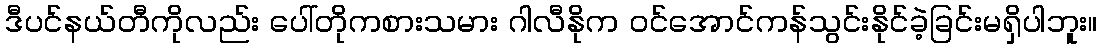
ဒီပင်နယ်တီကိုလည်း ပေါ်တိုကစားသမား ဂါလီနိုက ဝင်အောင်ကန်သွင်းနိုင်ခဲ့ခြင်းမရှိပါဘူး။